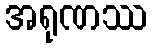
အရုဏဿ